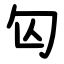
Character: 匃